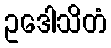
ဥဒေါသိတံ